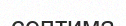
септима